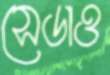
সেডাও